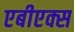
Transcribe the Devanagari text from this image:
एबीएक्स